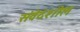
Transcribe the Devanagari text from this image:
संवेदंशील